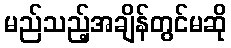
မည်သည့်အချိန်တွင်မဆို